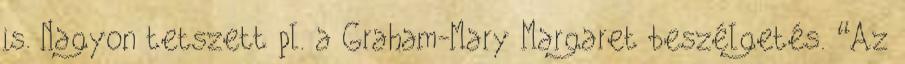
is. Nagyon tetszett pl. a Graham-Mary Margaret beszélgetés. “Az